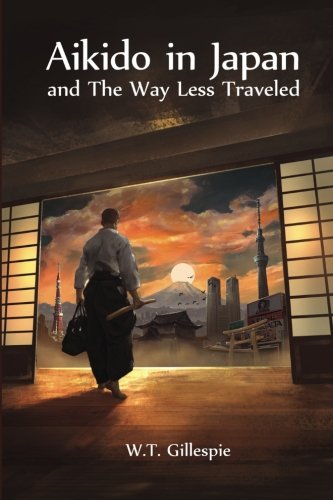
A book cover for Aikido in Japan and The Way Less Traveled; W T Gillespie; Travel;